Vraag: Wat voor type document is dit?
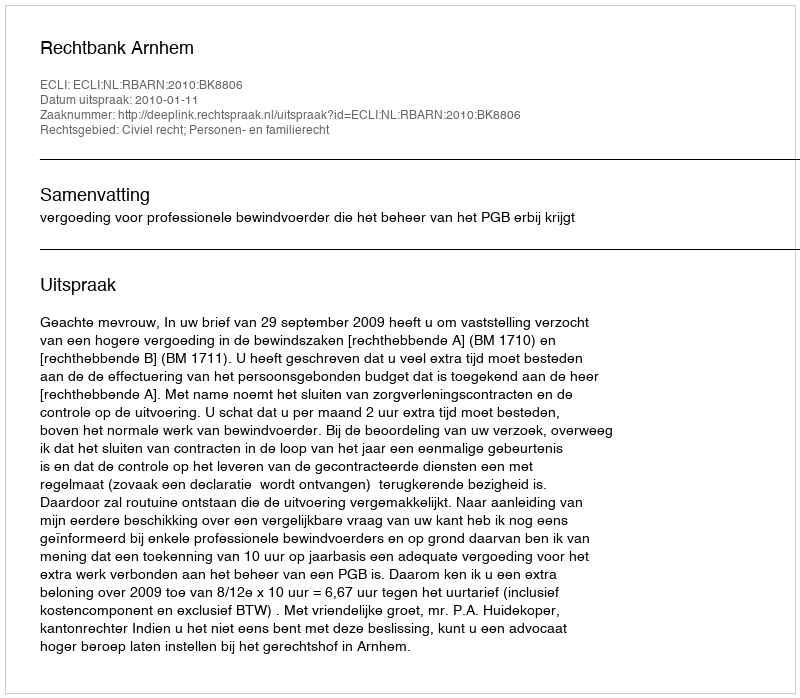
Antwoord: Uitspraak